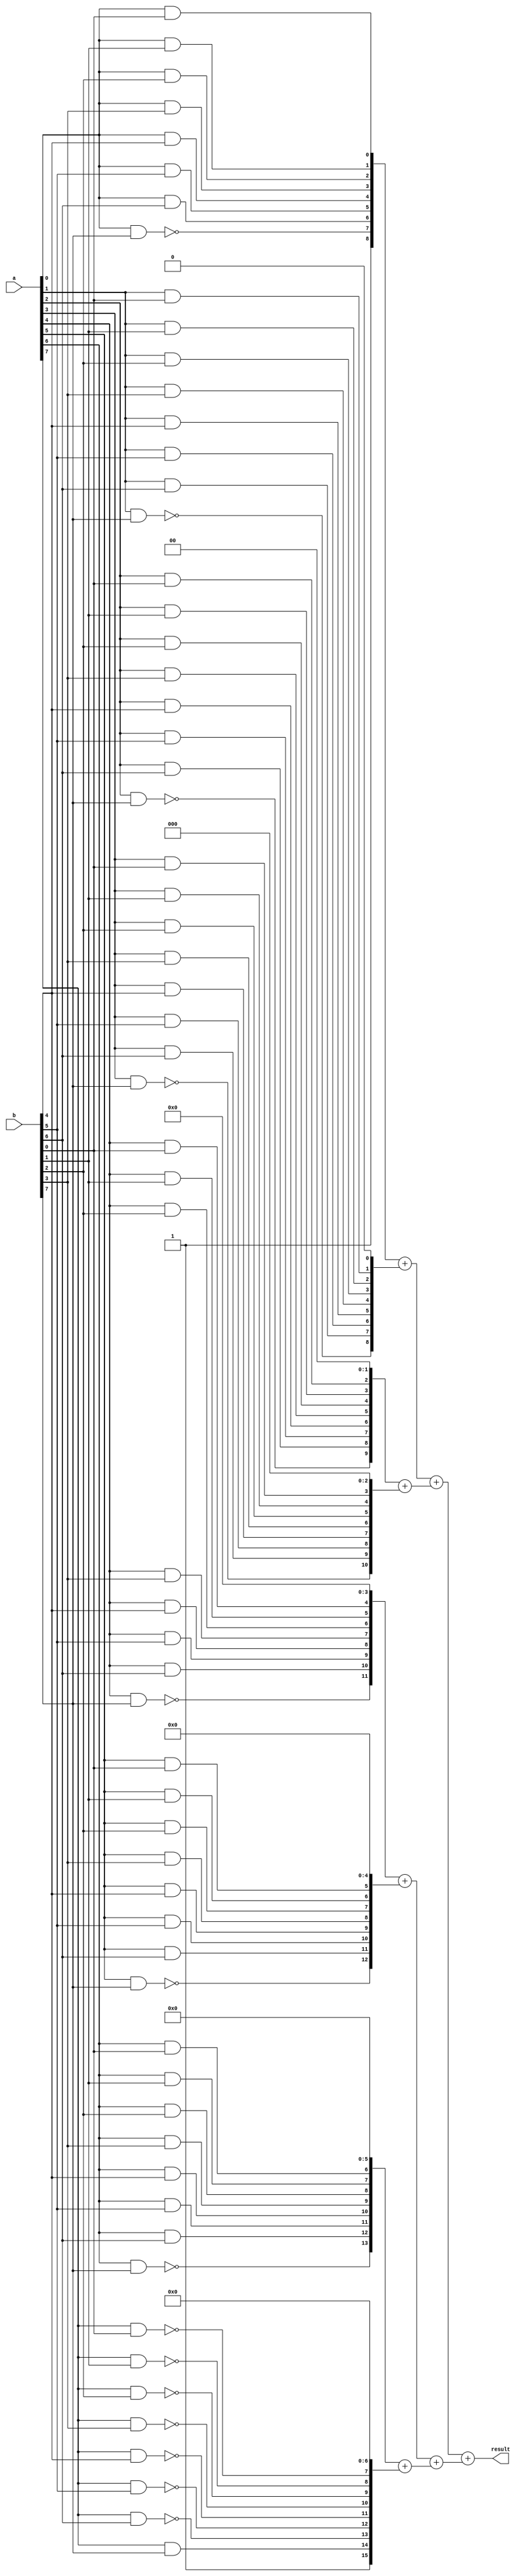
//////////////////////////////////////////////////////////////////////////////////
// Module Name: 8-Bit Multiplier v2
// Description: AND and NAND operations to generate the partial product terms in the first part.
// Revision:
// 27.05.2020 -> Revision 0.01 - Created    (Verificated)
//////////////////////////////////////////////////////////////////////////////////

`timescale 1ns / 1ps

module Mul8BitSigned_v2(
    input [7:0] a, b,
    output [15:0] result);
    
    reg [7:0] abi[7:0]; // a[i] & b[j]
    integer i, j;
    
    always @* begin
        for (i = 0; i < 7; i = i + 1)
            for (j = 0; j < 7; j = j + 1)
                abi[i][j] = a[i] & b[j]; // a[i] & b[j]
                
        for (i = 0; i < 7; i = i + 1)
            abi[i][7] = ~(a[i] & b[7]); // ?(a[i] & b[7])
            
        for (j = 0; j < 7; j = j + 1)
            abi[7][j] = ~(a[7] & b[j]); // ?(a[7] & b[j])
            
        abi[7][7] = a[7] & b[7];
    end
        
    assign result = (({8'b1,  abi[0][7:0]}          +   // << 0, + 1 in bit 8
                      {7'b0,  abi[1][7:0],  1'b0})  +   // << 1
                     ({6'b0,  abi[2][7:0],  2'b0}   +   // << 2
                      {5'b0,  abi[3][7:0],  3'b0})) +   // << 3
                    (({4'b0,  abi[4][7:0],  4'b0}   +   // << 4
                      {3'b0,  abi[5][7:0],  5'b0})  +   // << 5
                     ({2'b0,  abi[6][7:0],  6'b0}   +   // << 6
                      {1'b1,  abi[7][7:0],  7'b0}));     // << 7, + 1 in bit 15

endmodule